Leaving Certificate Examination (including Day School Certificate (Higher) General paper), 1939
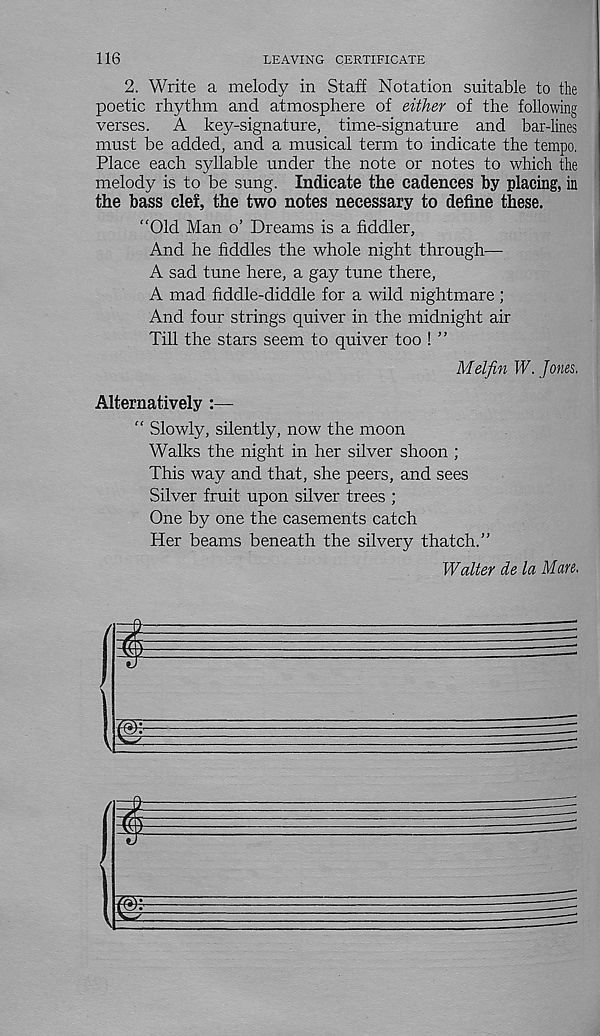
116
LEAVING CERTIFICATE
2. Write a melody in Staff Notation suitable to the
poetic rhythm and atmosphere of either of the following
verses. A key-signature, time-signature and bar-lines
must be added, and a musical term to indicate the tempo.
Place each syllable under the note or notes to which the
melody is to be sung. Indicate the cadences by placing, in
the bass clef, the two notes necessary to define these.
“Old Man o’ Dreams is a fiddler,
And he fiddles the whole night through—
A sad tune here, a gay tune there,
A mad fiddle-diddle for a wild nightmare ;
And four strings quiver in the midnight air
Till the stars seem to quiver too ! ”
Melfin W. Jones.
Alternatively :—
“ Slowly, silently, now the moon
Walks the night in her silver shoon ;
This way and that, she peers, and sees
Silver fruit upon silver trees ;
One by one the casements catch
Her beams beneath the silvery thatch.”
Walter de la Mare.